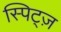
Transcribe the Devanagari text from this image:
स्पिट्ज़